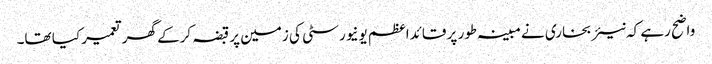
واضح رہے کہ نیئر بخاری نے مبینہ طور پر قائداعظم یونیورسٹی کی زمین پر قبضہ کرکے گھر تعمیر کیا تھا۔